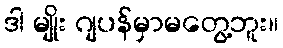
ဒါ မျိုး ဂျပန်မှာမတွေ့ဘူး။